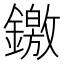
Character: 䥞